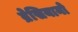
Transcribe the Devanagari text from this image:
ब्रेसियानो